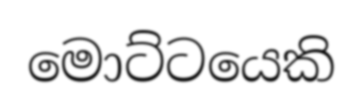
මොට්ටයෙකි